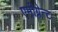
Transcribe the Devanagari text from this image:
एमीग्रेन्ट